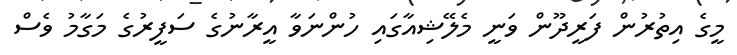
މީގެ އިތުރުން ފަރީދޫން ވަނީ މެލޭޝިއާގައި ހުންނަވާ އީރާނުގެ ސަފީރުގެ މަގާމު ވެސް